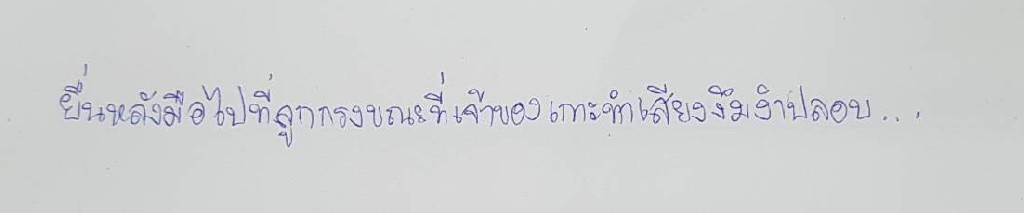
ยื่นหลังมือไปที่ลูกกรงขณะที่เจ้าของเกาะทำเสียงงึมงำปลอบ...